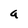
Character: a